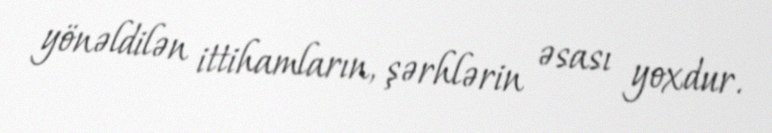
yönəldilən ittihamların, şərhlərin əsası yoxdur.